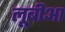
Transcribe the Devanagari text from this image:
लूबीआ